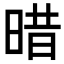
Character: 𣈏